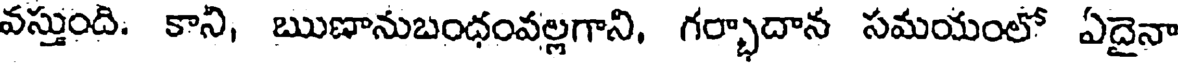
వస్తుంది. కాని, ఋణానుబంధంవల్లగాని, గర్భాదాన సమయంలో ఏదైనా